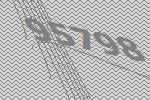
95798